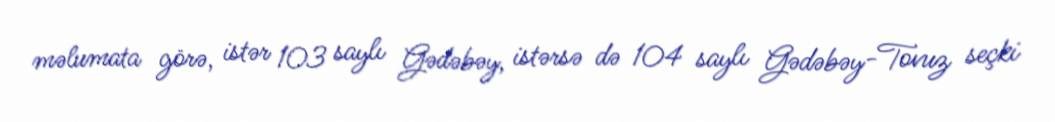
məlumata görə, istər 103 saylı Gədəbəy, istərsə də 104 saylı Gədəbəy-Tovuz seçki